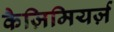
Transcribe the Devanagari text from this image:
कैज़िमियर्ज़